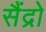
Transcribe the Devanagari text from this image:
सैंद्रो